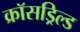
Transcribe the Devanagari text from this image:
क्रॉसड्रिल्ड